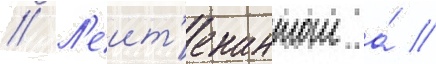
// Л'еит'енантом а́ //